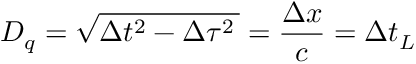
D _ { q } = \sqrt { \Delta t ^ { 2 } - \Delta \tau ^ { 2 } \, } = \frac { \Delta x } { c } = \Delta t _ { L }